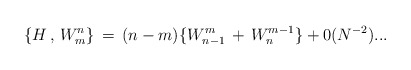
\begin{align*}\{ H\, ,\, W^n_m \} \, = \, (n-m) \{ W^m_{n-1} \, + \, W^{m-1}_n \}+ 0( N^{-2}) ...\end{align*}